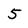
Character: 5